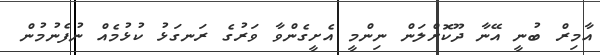
އާމިރް ބުނީ އޭނާ ދޫކޮށްލަން ނިންމީ އެށީގެންވާ ވަރުގެ ރަނގަޅު ކުޅުމެއް ނުފެނުމުން